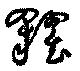
糴